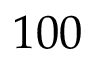
1 0 0